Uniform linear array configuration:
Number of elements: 8
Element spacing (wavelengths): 0.5
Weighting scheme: hamming
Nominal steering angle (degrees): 15
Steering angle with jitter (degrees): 14.452
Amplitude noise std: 0.05
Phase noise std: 0.05

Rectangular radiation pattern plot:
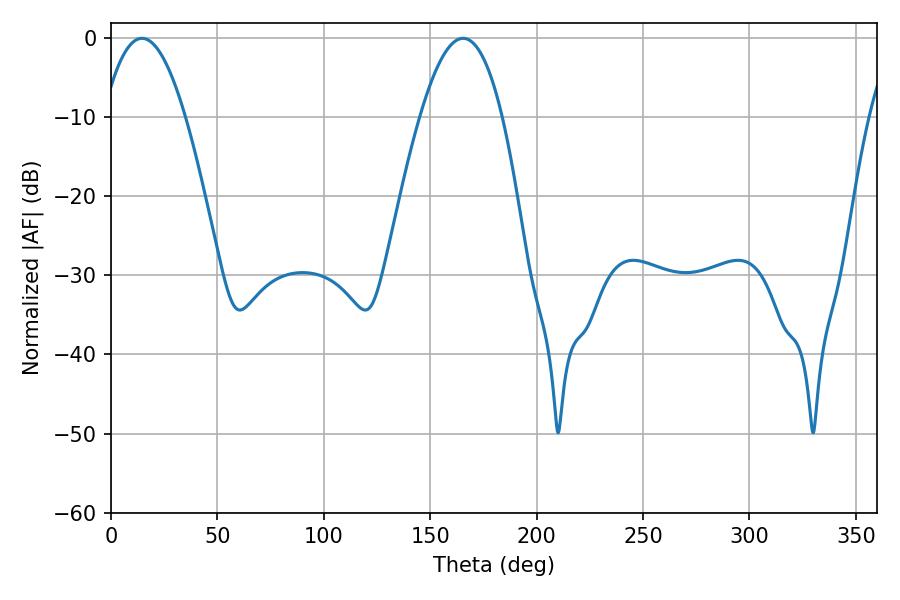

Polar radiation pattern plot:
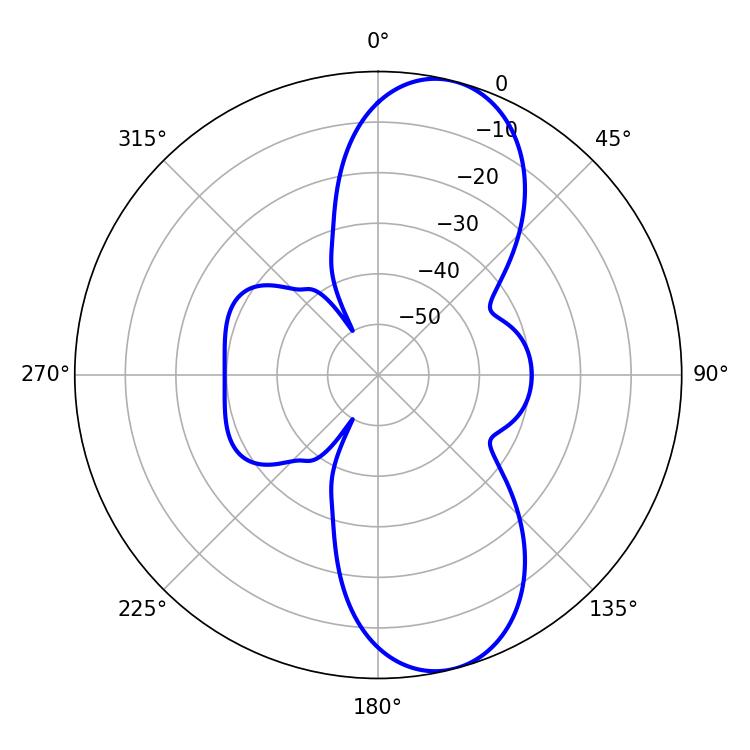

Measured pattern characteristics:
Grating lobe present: FALSE
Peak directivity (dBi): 9.893
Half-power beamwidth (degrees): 21.06
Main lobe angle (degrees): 14.58